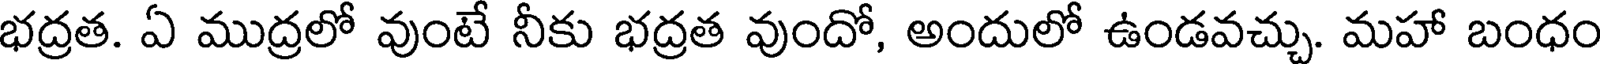
భద్రత. ఏ ముద్రలో వుంటే నీకు భద్రత వుందో, అందులో ఉండవచ్చు. మహా బంధం